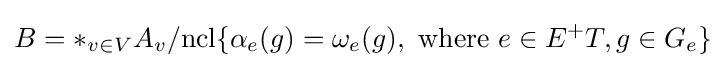
B=\ast _{v\in V}A_{v}/{\rm {ncl}}\{\alpha _{e}(g)=\omega _{e}(g),{\text{ where }}e\in E^{+}T,g\in G_{e}\}